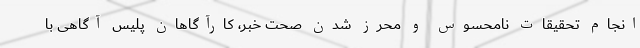
انجام تحقیقات نامحسوس و محرز شدن صحت خبر، کارآگاهان پلیس آگاهی با